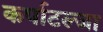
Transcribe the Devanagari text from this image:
कर्पाटल्जा